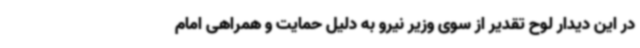
در این دیدار لوح تقدیر از سوی وزیر نیرو به دلیل حمایت و همراهی امام